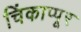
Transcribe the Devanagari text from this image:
चिंकाप्पूर